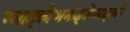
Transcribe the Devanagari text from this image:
ग्लाइकोअमाइनोग्लाइकॉन